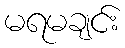
မရမချင်း